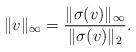
LaTeX: \begin{align*}\Vert v \Vert_{\infty} = \frac{\Vert \sigma(v)\Vert_{\infty}}{\Vert\sigma(v)\Vert_2}. \end{align*}